Vaccination in Burma 1900-1911 - 1900-1911
Year: 1900
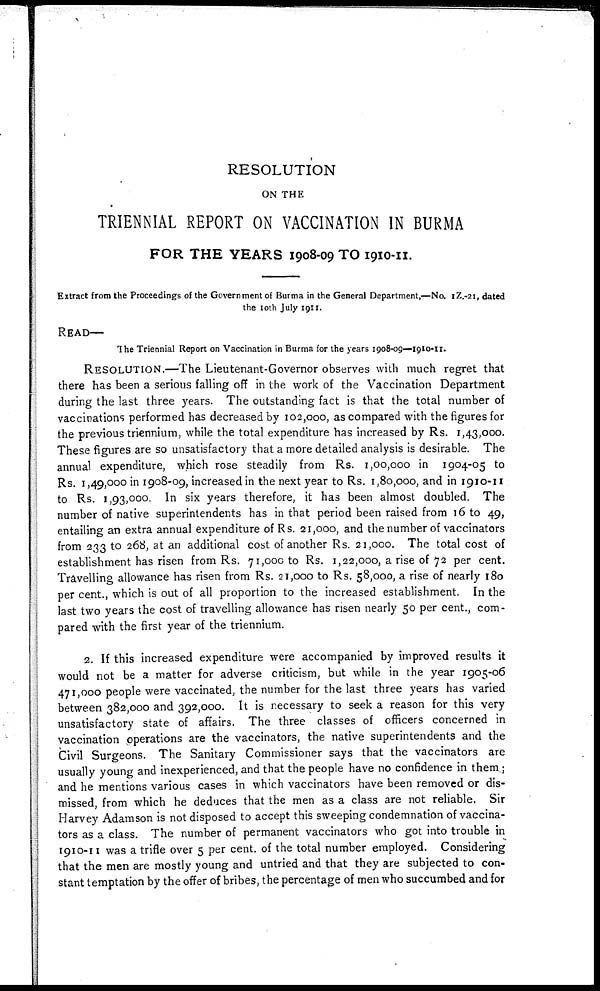
RESOLUTION
ON THE
TRIENNIAL REPORT ON VACCINATION IN BURMA
FOR THE YEARS 1908-09 TO 1910-11.
Extract from the Proceedings of the Government of Burma in the General Department,—No. 1Z.-21, dated
the 10th July 1911.
READ—
The Triennial Report on Vaccination in Burma for the years 1908-09—1910-11.
RESOLUTION.—The Lieutenant-Governor observes with much regret that
there has been a serious falling off in the work of the Vaccination Department
during the last three years. The outstanding fact is that the total number of
vaccinations performed has decreased by 102,000, as compared with the figures for
the previous triennium, while the total expenditure has increased by Rs. 1,43,000.
These figures are so unsatisfactory that a more detailed analysis is desirable. The
annual expenditure, which rose steadily from Rs. 1,00,000 in 1904-05 to
Rs. 1,49,000 in 1908-09, increased in the next year to Rs. 1,80,000, and in 1910-11
to Rs. 1,93,000. In six years therefore, it has been almost doubled. The
number of native superintendents has in that period been raised from 16 to 49,
entailing an extra annual expenditure of Rs. 21,000, and the number of vaccinators
from 233 to 268, at an additional cost of another Rs. 21,000. The total cost of
establishment has risen from Rs. 71,000 to Rs. 1,22,000, a rise of 72 per cent.
Travelling allowance has risen from Rs. 21,000 to Rs. 58,000, a rise of nearly 180
per cent., which is out of all proportion to the increased establishment. In the
last two years the cost of travelling allowance has risen nearly 50 per cent., com-
pared with the first year of the triennium.
2. If this increased expenditure were accompanied by improved results it
would not be a matter for adverse criticism, but while in the year 1905-06
471,000 people were vaccinated, the number for the last three years has varied
between 382,000 and 392,000. It is necessary to seek a reason for this very
unsatisfactory state of affairs. The three classes of officers concerned in
vaccination operations are the vaccinators, the native superintendents and the
Civil Surgeons. The Sanitary Commissioner says that the vaccinators are
usually young and inexperienced, and that the people have no confidence in them;
and he mentions various cases in which vaccinators have been removed or dis-
missed, from which he deduces that the men as a class are not reliable. Sir
Harvey Adamson is not disposed to accept this sweeping condemnation of vaccina-
tors as a class. The number of permanent vaccinators who got into trouble in
1910-11 was a trifle over 5 per cent. of the total number employed. Considering
that the men are mostly young and untried and that they are subjected to con-
stant temptation by the offer of bribes, the percentage of men who succumbed and for